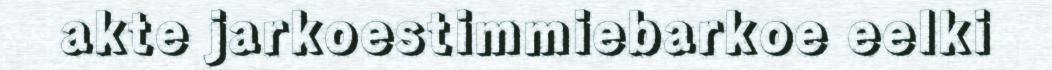
akte jarkoestimmiebarkoe eelki